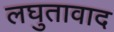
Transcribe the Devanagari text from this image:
लघुतावाद